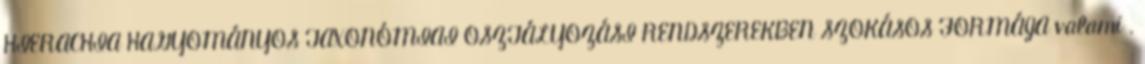
HIERACHIA HAGYOMÁNYOS TAXONÓMIAI OSZTÁLYOZÁSI RENDSZEREKBEN SZOKÁSOS FORMÁJA valami .